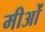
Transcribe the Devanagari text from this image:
मीओं